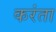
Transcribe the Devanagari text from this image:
करंता